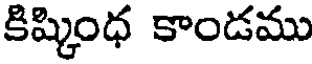
కిష్కింధ కాండము